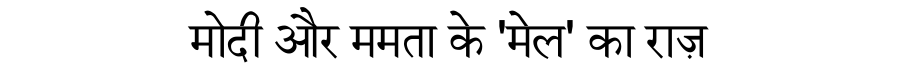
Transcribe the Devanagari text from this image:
मोदी और ममता के 'मेल' का राज़